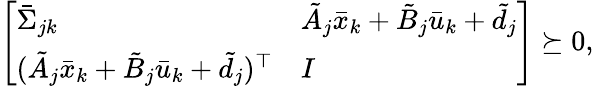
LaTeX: \begin{array}{r}{\left[\begin{array}{ll}{\bar{\Sigma}_{jk}}&{\tilde{A}_{j}\bar{x}_{k}+\tilde{B}_{j}\bar{u}_{k}+\tilde{d}_{j}}\\ {(\tilde{A}_{j}\bar{x}_{k}+\tilde{B}_{j}\bar{u}_{k}+\tilde{d}_{j})^{\top}}&{I}\end{array}\right]\succeq 0,}\end{array}